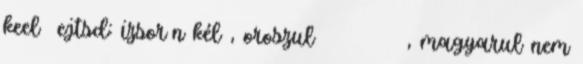
keel ejtsd: izsorȧn kél , oroszul ижорский язык, magyarul nem